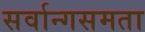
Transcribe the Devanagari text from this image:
सर्वान्गसमता